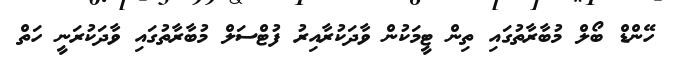
ހޭންޑް ބޯލް މުބާރާތުގައި ތިން ޓީމަކުން ވާދަކުރާއިރު ފުޓްސަލް މުބާރާތުގައި ވާދަކުރަނީ ހަތް